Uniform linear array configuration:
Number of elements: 32
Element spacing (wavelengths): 0.75
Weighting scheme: binomial
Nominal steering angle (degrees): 45
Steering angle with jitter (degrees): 44.757
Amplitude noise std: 0.05
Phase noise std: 0.05

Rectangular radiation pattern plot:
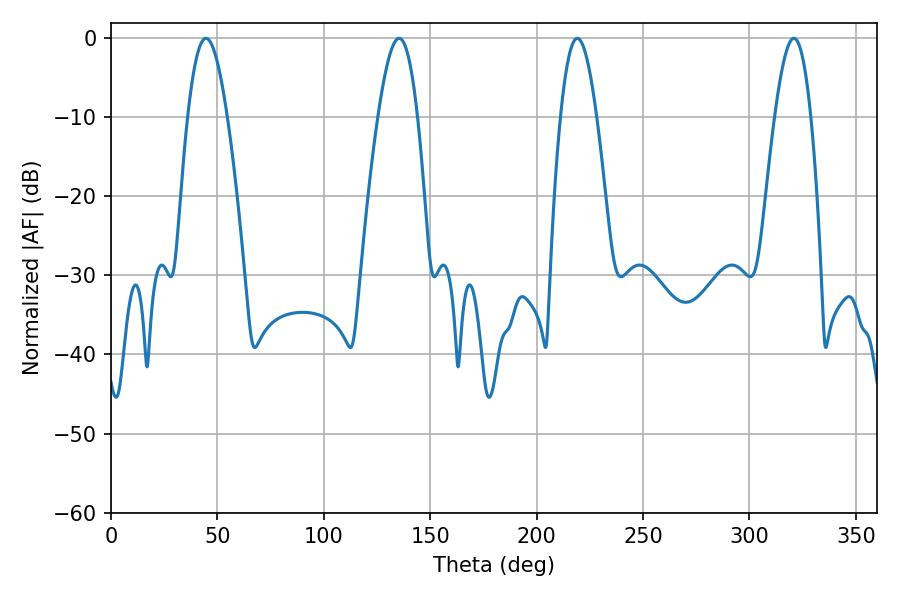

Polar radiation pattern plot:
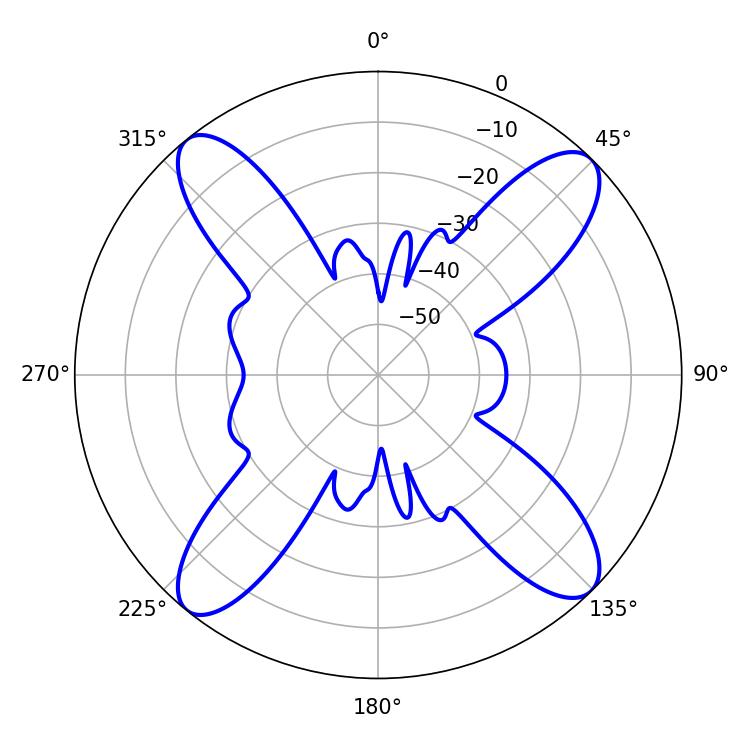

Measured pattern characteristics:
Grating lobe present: TRUE
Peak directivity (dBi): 16.287
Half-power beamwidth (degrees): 10.08
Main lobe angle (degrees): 44.64